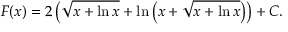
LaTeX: F ( x ) = 2 \left( { \sqrt { x + \ln x } } + \ln \left( x + { \sqrt { x + \ln x } } \right) \right) + C .